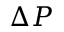
\Delta P